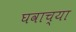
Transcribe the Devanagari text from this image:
घवाच्या